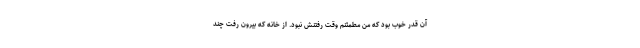
آن قدر خوب بود که من مطمئنم وقت رفتنش نبود. از خانه که بیرون رفت چند